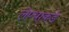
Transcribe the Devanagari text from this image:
लेण्याकडे